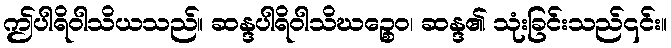
ဤပါရိဝါသိယသည်။ ဆန္ဒပါရိဝါသိဃဉ္စေဝ၊ ဆန္ဒ၏ သုံးခြင်းသည်၎င်း။